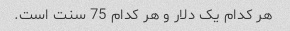
هر کدام یک دلار و هر کدام 75 سنت است.